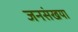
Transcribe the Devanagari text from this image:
जनसंखया